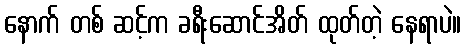
နောက် တစ် ဆင့်က ခရီးဆောင်အိတ် ထုတ်တဲ့ နေရာပဲ။